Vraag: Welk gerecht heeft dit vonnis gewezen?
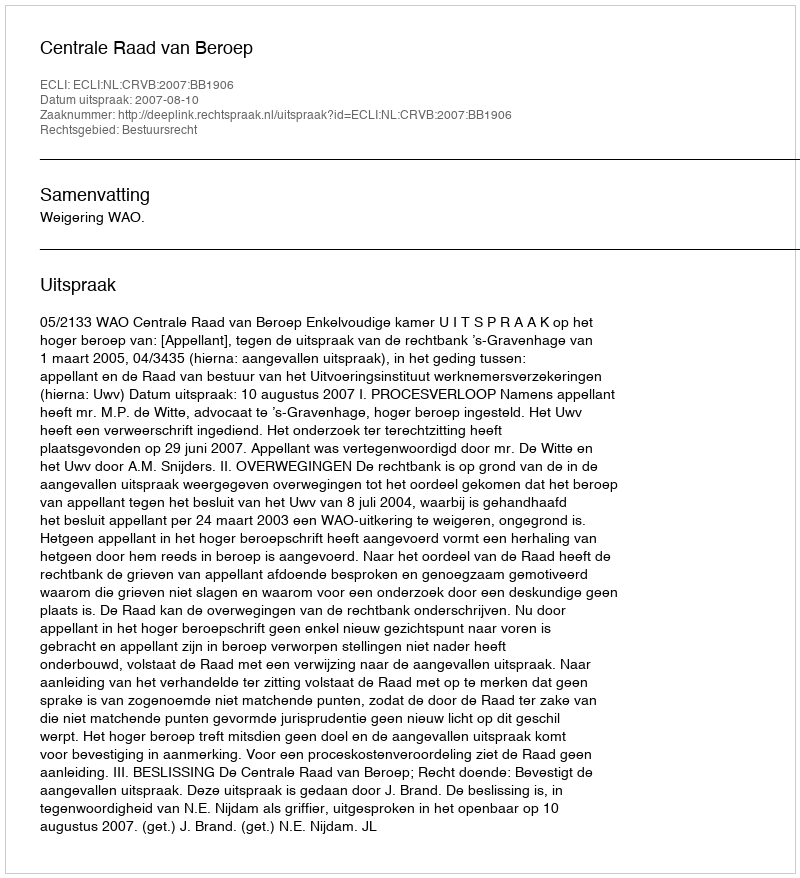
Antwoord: Centrale Raad van Beroep